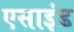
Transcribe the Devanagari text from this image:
एसाइंड